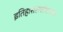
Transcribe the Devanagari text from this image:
इतिहाससंशोधनपर